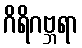
ဂိရိဂဗ္ဘရာ